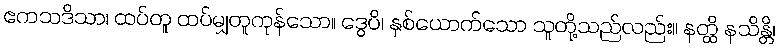
ဧကသဒိသာ၊ ထပ်တူ ထပ်မျှတူကုန်သော။ ဒွေပိ၊ နှစ်ယောက်သော သူတို့သည်လည်း။ နတ္ထိ နသိန္တိ၊